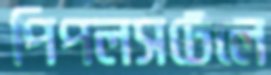
পিপলসটেলে